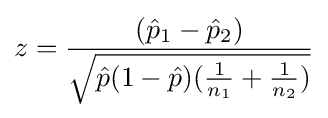
z={\frac {({\hat {p}}_{1}-{\hat {p}}_{2})}{\sqrt {{\hat {p}}(1-{\hat {p}})({\frac {1}{n_{1}}}+{\frac {1}{n_{2}}})}}}